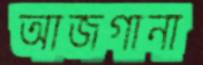
আজগানা